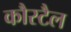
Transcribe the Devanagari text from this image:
कौस्टैल